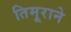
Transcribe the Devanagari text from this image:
तिमूराने